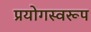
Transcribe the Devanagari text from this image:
प्रयोगस्वरूप